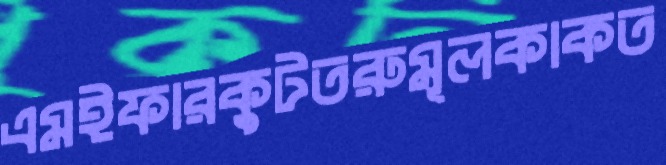
এমইফারকুটতরুমূলকাকত